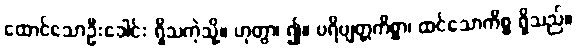
ထောင်သောဦးခေါင်း ရှိသကဲ့သို့။ ဟုတွာ၊ ၍။ ပရိဗျတ္တကိစ္စာ၊ ထင်သောကိစ္စ ရှိသည်။